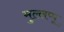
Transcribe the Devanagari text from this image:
मुल्लप्पू